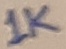
Text: HO